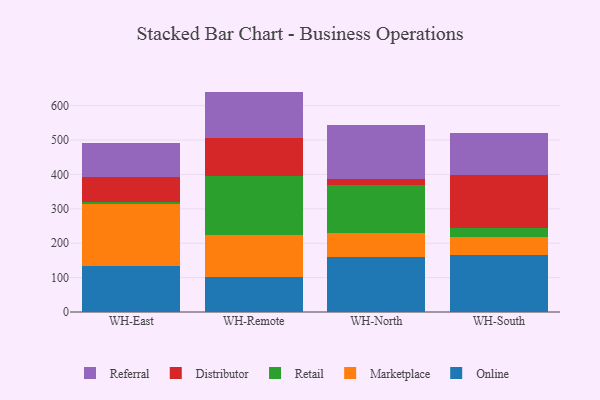
{"axis": {"x": "Warehouse", "y": "Market Share (%)"}, "legend": ["Distributor", "Marketplace", "Online", "Referral", "Retail"], "data": [{"x": "WH-East", "y": 134.7, "type": "Online"}, {"x": "WH-East", "y": 179.4, "type": "Marketplace"}, {"x": "WH-East", "y": 5.4, "type": "Retail"}, {"x": "WH-East", "y": 72.5, "type": "Distributor"}, {"x": "WH-East", "y": 99.0, "type": "Referral"}, {"x": "WH-Remote", "y": 100.9, "type": "Online"}, {"x": "WH-Remote", "y": 123.9, "type": "Marketplace"}, {"x": "WH-Remote", "y": 171.8, "type": "Retail"}, {"x": "WH-Remote", "y": 108.0, "type": "Distributor"}, {"x": "WH-Remote", "y": 136.3, "type": "Referral"}, {"x": "WH-North", "y": 159.8, "type": "Online"}, {"x": "WH-North", "y": 69.4, "type": "Marketplace"}, {"x": "WH-North", "y": 139.9, "type": "Retail"}, {"x": "WH-North", "y": 18.0, "type": "Distributor"}, {"x": "WH-North", "y": 156.2, "type": "Referral"}, {"x": "WH-South", "y": 166.4, "type": "Online"}, {"x": "WH-South", "y": 51.8, "type": "Marketplace"}, {"x": "WH-South", "y": 26.4, "type": "Retail"}, {"x": "WH-South", "y": 154.6, "type": "Distributor"}, {"x": "WH-South", "y": 120.0, "type": "Referral"}]}